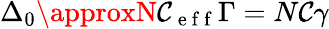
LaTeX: \Delta_{0}\approxN\mathcal{C}_{\mathrm{{~e~f~f~}}}\Gamma=N\mathcal{C}\gamma